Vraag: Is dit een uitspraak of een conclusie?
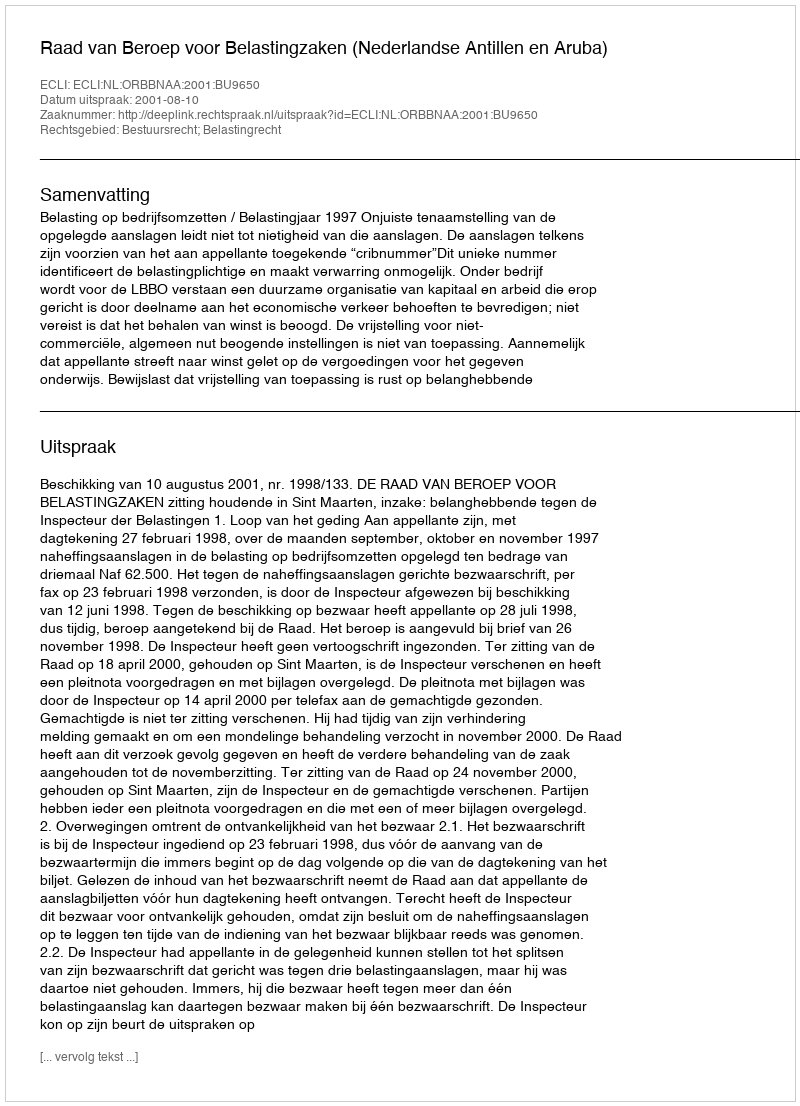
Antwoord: Uitspraak